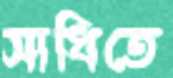
সাধিতে